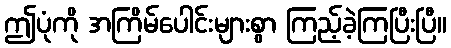
ဤပုံကို အကြိမ်ပေါင်းများစွာ ကြည့်ခဲ့ကြပြီးပြီ။